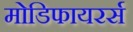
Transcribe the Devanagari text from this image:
मोडिफायरर्स